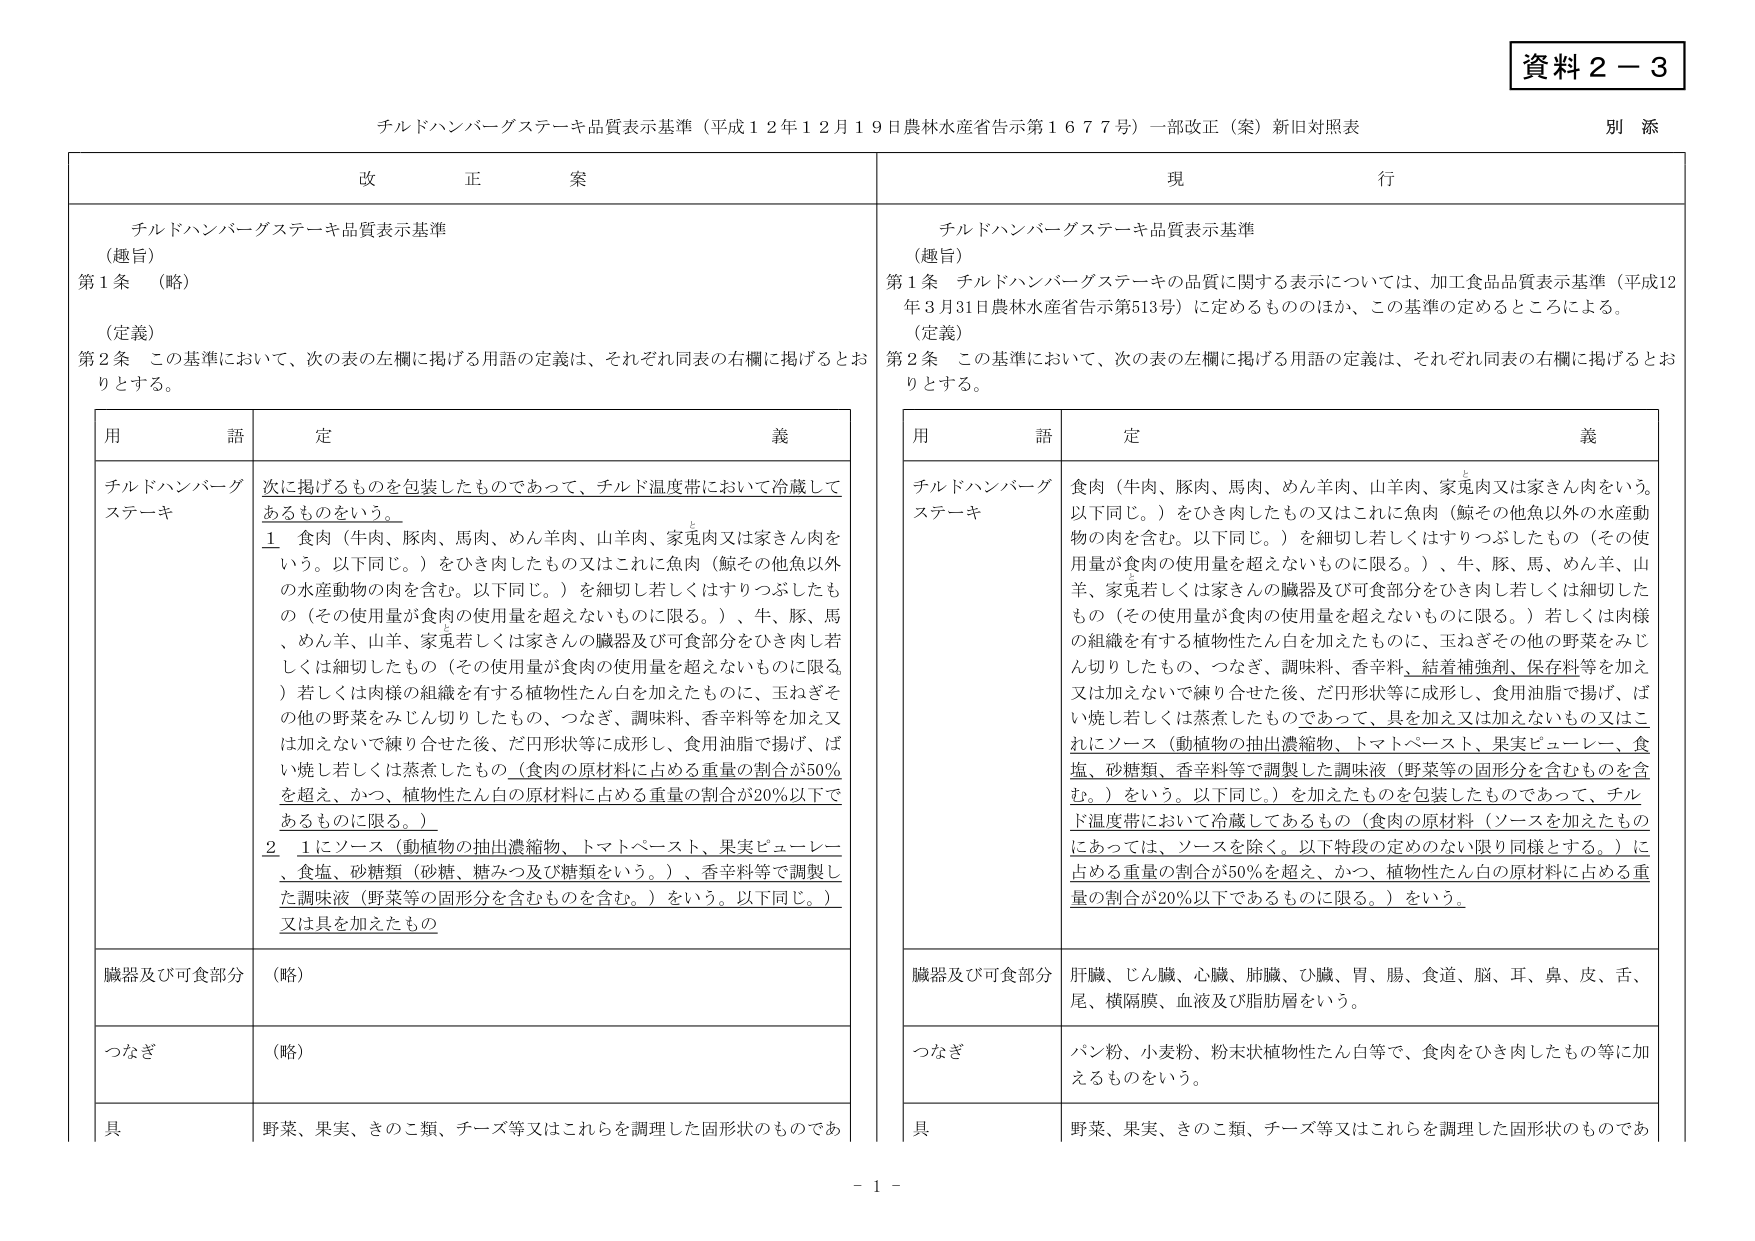
資料２－３

チルドハンバーグステーキ品質表示基準（平成１２年１２月１９日農林水産省告示第１６７７号）一部改正（案）新旧対照表　別添

改　正　案

チルドハンバーグステーキ品質表示基準
（趣旨）
第１条　（略）

（定義）
第２条　この基準において、次の表の左欄に掲げる用語の定義は、それぞれ同表の右欄に掲げるとおりとする。

用　語